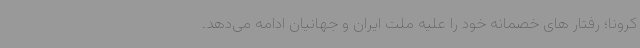
کرونا؛ رفتار های خصمانه خود را علیه ملت ایران و جهانیان ادامه می‌دهد.